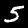
Digit: 5